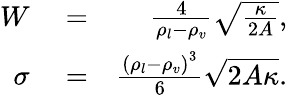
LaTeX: \begin{array}{rlr}{W}&{{}=}&{\frac{4}{\rho_{l}-\rho_{v}}\sqrt{\frac{\kappa}{2A}},}\\ {\sigma}&{{}=}&{\frac{{(\rho_{l}-\rho_{v})}^{3}}{6}\sqrt{2A\kappa}.}\end{array}